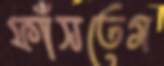
ফাঁসতেম